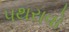
પથરાવો